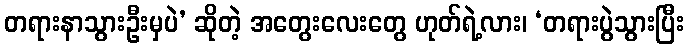
တရားနာသွားဦးမှပဲ’ ဆိုတဲ့ အတွေးလေးတွေ ဟုတ်ရဲ့လား၊ ‘တရားပွဲသွားပြီး